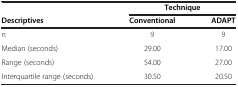
|  | <COLSPAN=2> Technique |
 | Descriptives | Conventional | ADAPT |
 | --- | --- | --- |
 | n | 9 | 9 |
 | Median (seconds) | 29.00 | 17.00 |
 | Range (seconds) | 54.00 | 27.00 |
 | Interquartile range (seconds) | 30.50 | 20.50 |